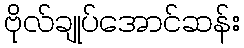
ဗိုလ်ချုပ်အောင်ဆန်း